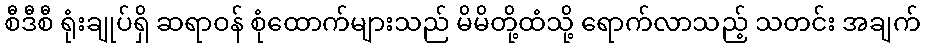
စီဒီစီ ရုံးချုပ်ရှိ ဆရာဝန် စုံထောက်များသည် မိမိတို့ထံသို့ ရောက်လာသည့် သတင်း အချက်